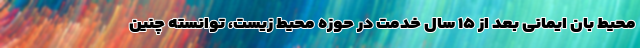
محیط بان ایمانی بعد از ۱۵ سال خدمت در حوزه محیط زیست، توانسته چنین